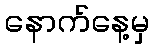
နောက်နေ့မှ